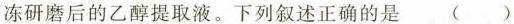
冻研磨后的乙醇提取液。下列叙述正确的是 ( )